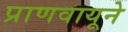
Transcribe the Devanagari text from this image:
प्राणवायूने